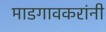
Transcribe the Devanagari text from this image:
माडगावकरांनी